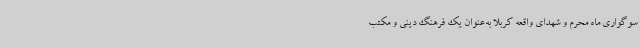
سوگواری ماه محرم و شهدای واقعه کربلا به‌عنوان یک فرهنگ دینی و مکتب